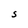
Character: S